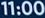
11:00